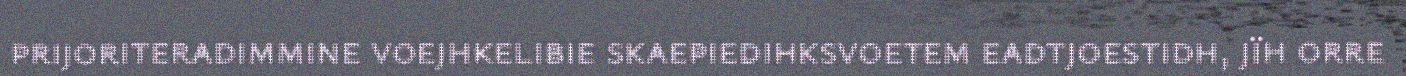
prijoriteradimmine voejhkelibie skaepiedihksvoetem eadtjoestidh, jïh orre